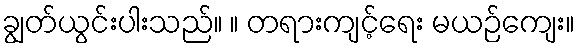
ချွတ်ယွင်းပါးသည်။ ။ တရားကျင့်ရေး မယဉ်ကျေး။